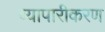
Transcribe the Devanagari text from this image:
व्‍यापारीकरण